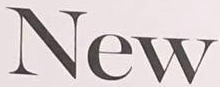
New